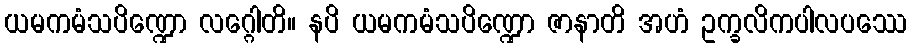
ယမကမံသပိဏ္ဍော လဂ္ဂေါတိ။ နပိ ယမကမံသပိဏ္ဍော ဇာနာတိ အဟံ ဥက္ခလိကပါလပဿေ